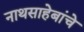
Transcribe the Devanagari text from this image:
नाथसाहेबांचे